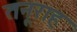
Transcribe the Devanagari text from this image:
तनूराह